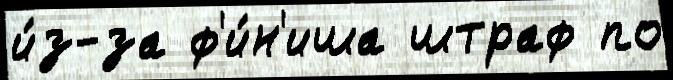
и́з-за ф'и́н'иша штраф по